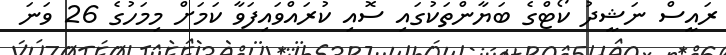
ރައީސް ނަޝީދު ކޯޓްގެ ބަޔާންތަކުގައި ސޮއި ކުރައްވައިފަވާ ކަމަށް މިމަހުގެ 26 ވަނަ